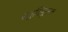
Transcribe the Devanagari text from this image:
स्तुतिमूलक